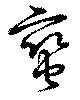
蠻